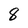
Character: 8